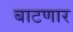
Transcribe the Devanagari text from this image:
बाटणार